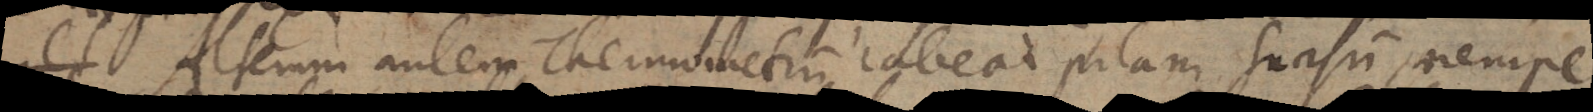
Alterum autem Thermometrum habeat pilam sursum, nempe